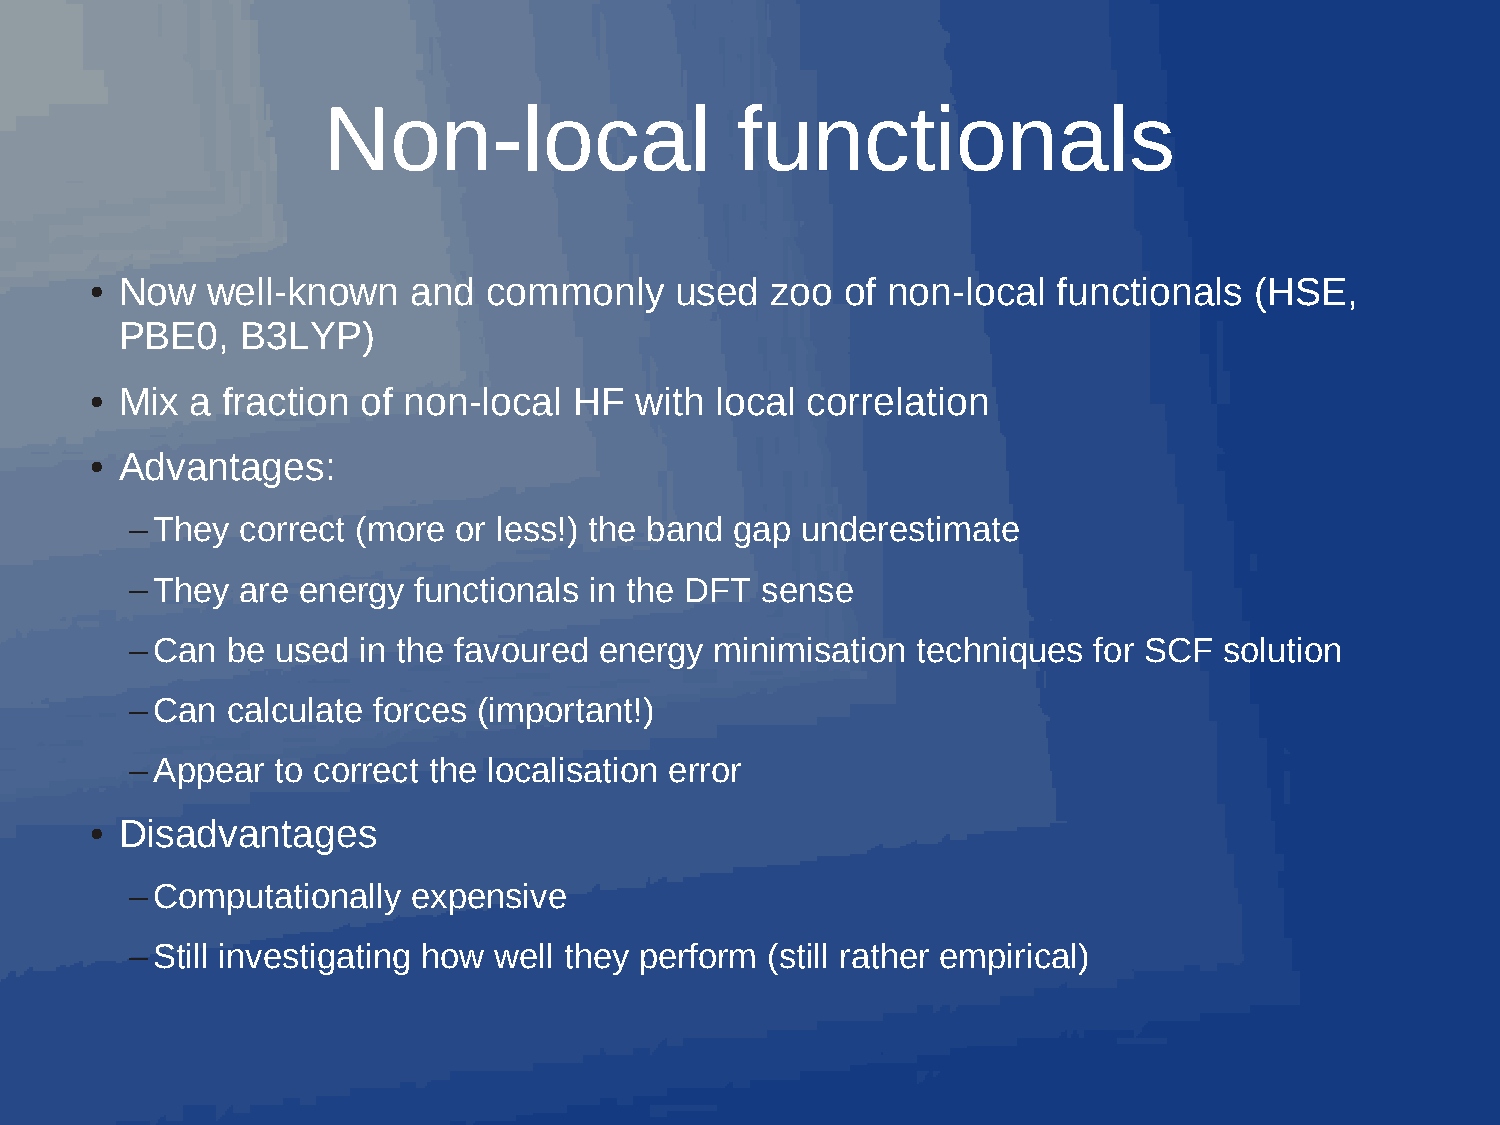
Non-local                   functionals
 • Now   well-known   and  commonly     used  zoo  of non-local  functionals  (HSE,
 PBE0,   B3LYP)
 • Mix  a fraction of non-local  HF  with local correlation
 • Advantages:
 –They  correct (more or less!) the band gap underestimate
 –They  are energy functionals in the DFT sense
 –Can  be used  in the favoured energy minimisation  techniques for SCF  solution
 –Can  calculate forces (important!)
 –Appear  to correct the localisation error
 • Disadvantages
 –Computationally  expensive
 –Still investigating how well they perform (still rather empirical)